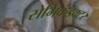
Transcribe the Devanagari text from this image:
सेमिकंडक्‍टर